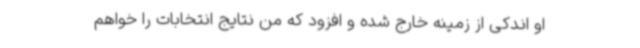
او اندکی از زمینه خارج شده و افزود که من نتایج انتخابات را خواهم